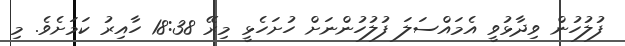
ފުލުހުން ވިދާޅުވީ އެމައްސަލަ ފުލުހުންނަށް ހުށަހެޅީ މިރޭ 18:38 ހާއިރު ކަމަށެވެ. މި